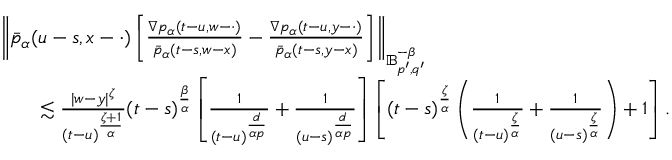
\begin{array} { r l } & { \left\Vert \bar { p } _ { \alpha } ( u - s , x - \cdot ) \left[ \frac { \nabla p _ { \alpha } ( t - u , w - \cdot ) } { \bar { p } _ { \alpha } ( t - s , w - x ) } - \frac { \nabla p _ { \alpha } ( t - u , y - \cdot ) } { \bar { p } _ { \alpha } ( t - s , y - x ) } \right] \right\Vert _ { \mathbb { B } _ { p ^ { \prime } , q ^ { \prime } } ^ { - \beta } } } \\ & { \qquad \lesssim \frac { | w - y | ^ { \zeta } } { ( t - u ) ^ { \frac { \zeta + 1 } { \alpha } } } ( t - s ) ^ { \frac { \beta } { \alpha } } \left[ \frac { 1 } { ( t - u ) ^ { \frac { d } { \alpha p } } } + \frac { 1 } { ( u - s ) ^ { \frac { d } { \alpha p } } } \right] \left[ ( t - s ) ^ { \frac { \zeta } { \alpha } } \left( \frac { 1 } { ( t - u ) ^ { \frac { \zeta } { \alpha } } } + \frac { 1 } { ( u - s ) ^ { \frac { \zeta } { \alpha } } } \right) + 1 \right] . } \end{array}